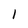
Character: 1